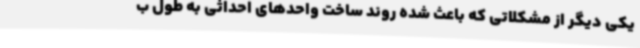
یکی دیگر از مشکلاتی که باعث شده روند ساخت واحدهای احداثی به طول ب